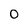
Character: 0